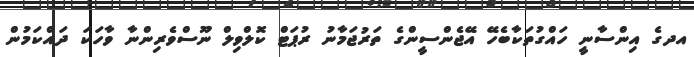
އދގެ އިންސާނީ ހައްގުތަކާބެހޭ އޭޖެންސީންގެ ތަރުޖަމާނު ރުޕަޓް ކޮލްވިލް ނޫސްވެރިންނާ ވާހަކަ ދައްކަމުން